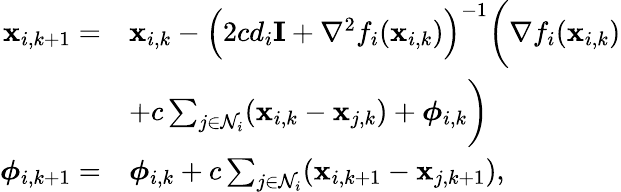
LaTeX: \begin{array}{rl}{\mathbf{x}_{i,k+1}=}&{\mathbf{x}_{i,k}-\Big(2cd_{i}\mathbf{I}+\nabla^{2}f_{i}(\mathbf{x}_{i,k})\Big)^{-1}\bigg(\nabla f_{i}(\mathbf{x}_{i,k})}\\ &{+c\sum_{j\in\mathcal{N}_{i}}(\mathbf{x}_{i,k}-\mathbf{x}_{j,k})+\boldsymbol{\phi}_{i,k}\bigg)}\\ {\boldsymbol{\phi}_{i,k+1}=}&{\boldsymbol{\phi}_{i,k}+c\sum_{j\in\mathcal{N}_{i}}(\mathbf{x}_{i,k+1}-\mathbf{x}_{j,k+1}),}\end{array}